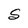
Character: S